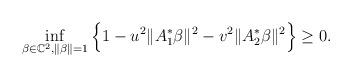
LaTeX: \begin{align*}\inf_{\beta\in\mathbb C^2,\|\beta\|=1}\Big\{1-u^2\|A_{1}^*\beta\|^2-v^2\|A_{2}^*\beta\|^2\Big\}\geq 0.\end{align*}